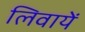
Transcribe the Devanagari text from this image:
लिवायें